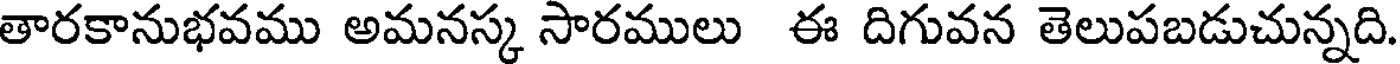
తారకానుభవము అమనస్క సారములు ఈ దిగువన తెలుపబడుచున్నది.